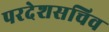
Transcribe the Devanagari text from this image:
परदेशसचिव